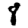
Digit: 8